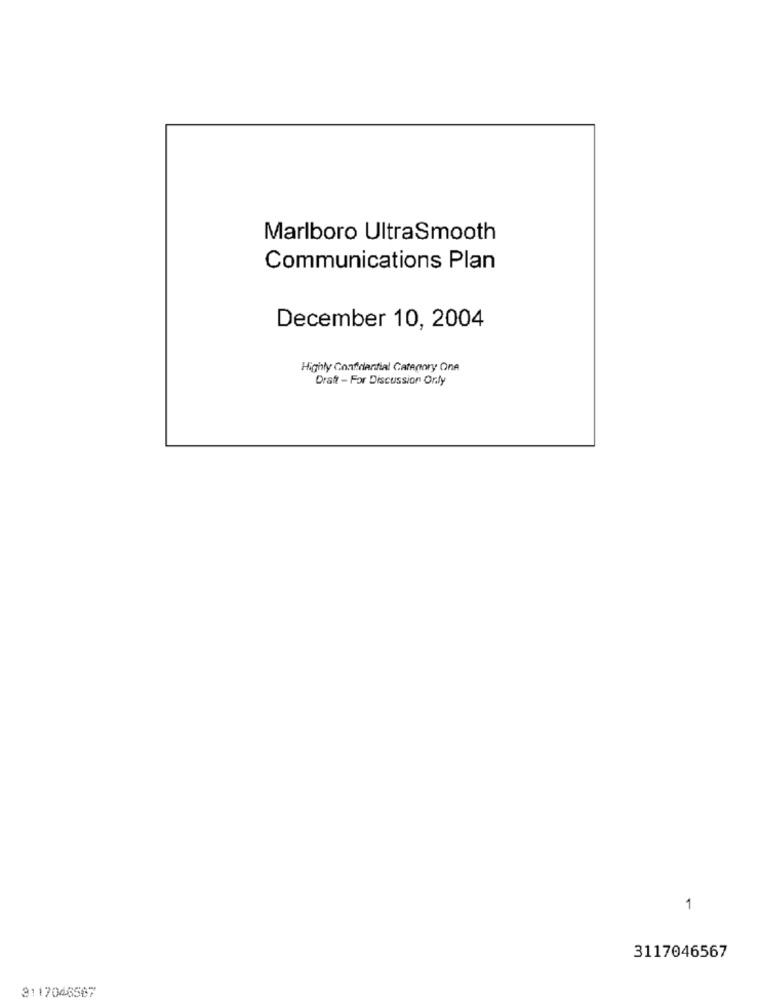
Marlboro UltraSmooth
Communications Plan
December 10, 2004
Highly Confidential Category One
Draft - For Discussion Orly
1
3117046567
3117046567